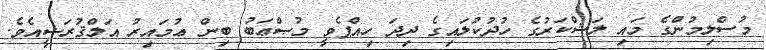
މުސްލިމުންގެ މައި ލަޝްކަރުގެ ހުދުކުލައިގެ ދިދަ ހިއްޕެވީ މުޞްޢަބު ބިން ޢުމައިރު އަލްޤުރަޝީއެވެ.